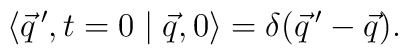
\langle \vec q\,',t=0\mid \vec q,0 \rangle = \delta (\vec q\,'-\vec q).